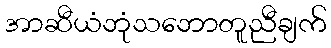
အာဆီယံဘုံသဘောတူညီချက်